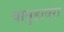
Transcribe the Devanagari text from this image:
बामुहावरा